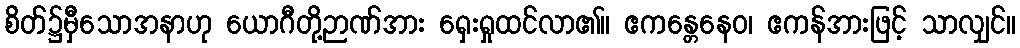
စိတ်၌မှီသောအနာဟု ယောဂီတို့ဉာဏ်အား ရှေးရှုထင်လာ၏။ ဧကန္တေနေဝ၊ ဧကန်အားဖြင့် သာလျှင်။